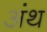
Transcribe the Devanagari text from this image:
अंथ